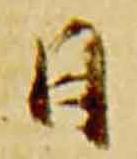
日